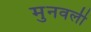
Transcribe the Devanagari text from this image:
मुनवली